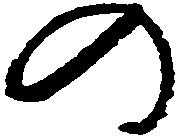
の